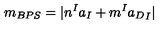
m _ { B P S } = | n ^ { I } a _ { I } + m ^ { I } { a _ { D } } _ { I } |